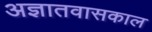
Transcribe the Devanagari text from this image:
अज्ञातवासकाल